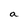
Character: a